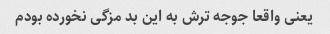
یعنی واقعا جوجه ترش به این بد مزگی نخورده بودم